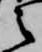
之